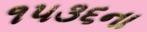
૧૫૩૬ના